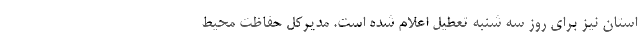
استان نیز برای روز سه شنبه تعطیل اعلام شده است. مدیرکل حفاظت محیط